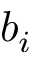
b _ { i }